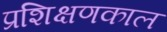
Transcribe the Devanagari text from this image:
प्रशिक्षणकाल